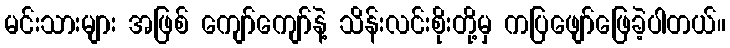
မင်းသားများ အဖြစ် ကျော်ကျော်နဲ့ သိန်းလင်းစိုးတို့မှ ကပြဖျော်ဖြေခဲ့ပါတယ်။